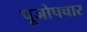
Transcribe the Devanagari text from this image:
पूजोपचार